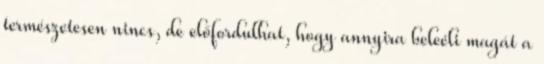
természetesen nincs, de előfordulhat, hogy annyira beleéli magát a